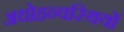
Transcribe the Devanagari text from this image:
अधोहन्वस्थियों